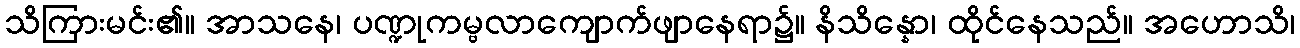
သိကြားမင်း၏။ အာသနေ၊ ပဏ္ဍုကမ္ဗလာကျောက်ဖျာနေရာ၌။ နိသိန္နော၊ ထိုင်နေသည်။ အဟောသိ၊